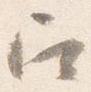
召